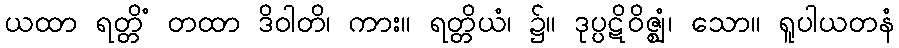
ယထာ ရတ္တိံ တထာ ဒိဝါတိ၊ ကား။ ရတ္တိယံ၊ ၌။ ဒုပ္ပဋိဝိဇ္ဈံ၊ သော။ ရူပါယတနံ